Civil Veterinary Dept. Bombay admin report 1914-1922 - 1914-1922
Year: 1914
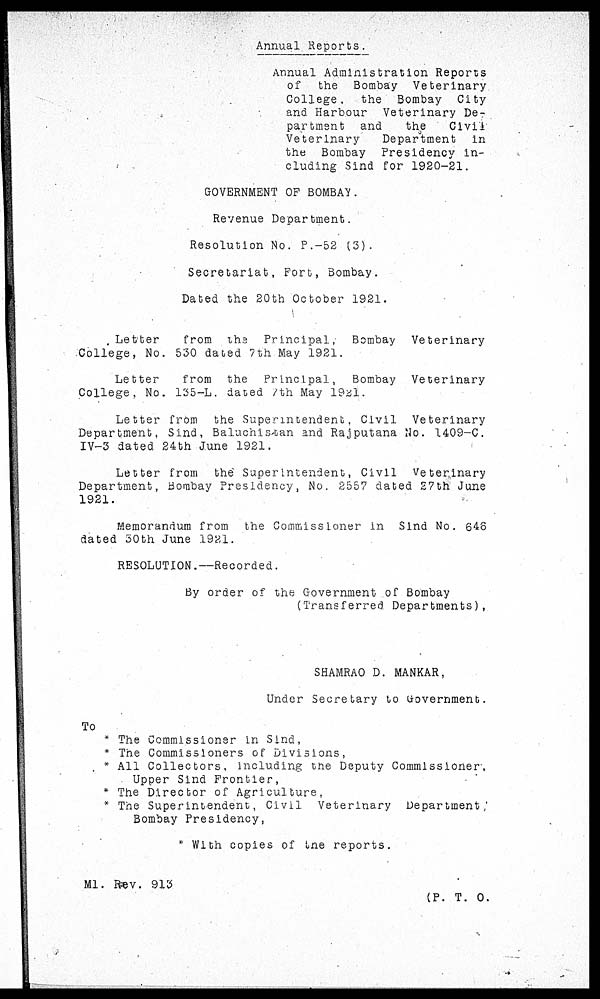
Annual Reports.
Annual Administration Reports
of
the Bombay Veterinary
College.
the Bombay City
and Harbour Veterinary De-
partment and
the
Civil
Veterinary
Department
in
the Bombay Presidency in-
cluding Sind for 1920-21.
GOVERNMENT OF BOMBAY.
Revenue Department.
Resolution No. P.-52 (3).
Secretariat, Fort, Bombay.
Dated the 20th October 1921.
Letter
from the Principal,
Bombay
Veterinary
College, No. 530 dated 7th May 1921.
Letter
from the Principal,
Bombay Veterinary
College, No. 135-L. dated 7th May 192l.
Letter from the Superintendent, Civil
Veterinary
Department, Sind, Baluchistan and Rajputana No. 1409-C.
IV-3 dated 24th June 1921.
Letter from the Superintendent, Civil
Veterinary
Department, Bombay Presidency, No. 2557 dated 27th June
1921.
Memorandum from the Commissioner in Sind No. 646
dated 30th June 1921.
RESOLUTION.—Recorded.
By order of the Government of Bombay
(Transferred Departments),
SHAMRAO D. MANKAR,
Under Secretary to Government.
To
* The Commissioner in Sind,
* The Commissioners of Divisions,
* All Collectors, including the Deputy Commissioner,
Upper Sind Frontier,
* The Director of Agriculture,
* The Superintendent, Civil Veterinary
Department
Bombay Presidency,
* With copies of the reports.
M1. Rev. 913
(P. T. O.